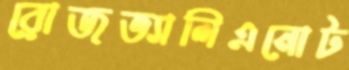
রোজভ্যালিএনোট